Calcutta medical institutions reports 1892-1900
Year: 1892
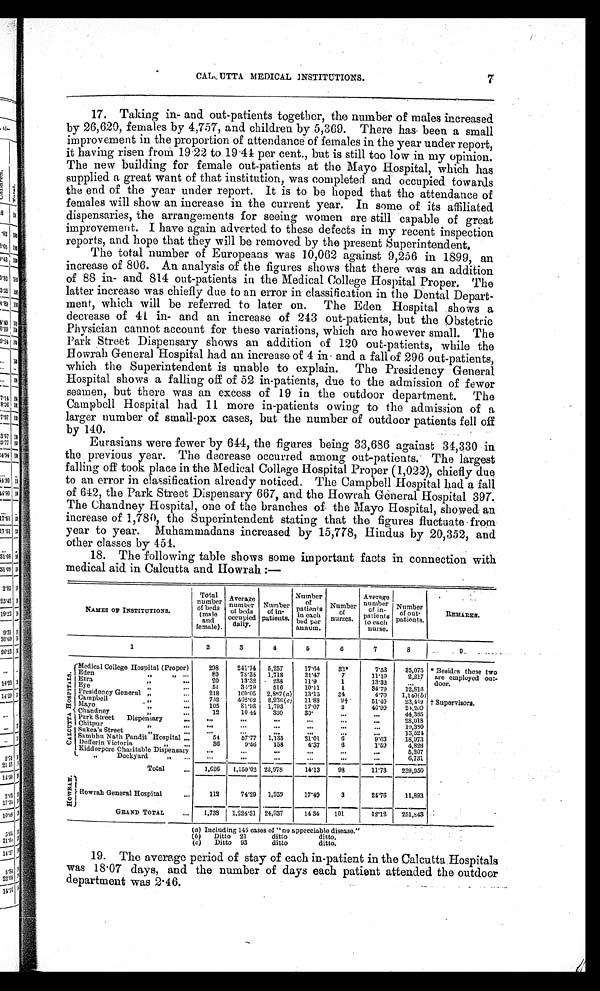
7
CALCUTTA MEDICAL INSTITUTIONS.
17. Taking in- and out-patients together, the number of males increased
by 26,620, females by 4,757, and children by 5,369. There has been a small
improvement in the proportion of attendance of females in the year under report,
it having risen from 19.22 to 19.44 per cent., but is still too low in my opinion.
The new building for female out-patients at the Mayo Hospital, which has
supplied a great want of that institution, was completed and occupied towards
the end of the year under report. It is to be hoped that the attendance of
females will show an increase in the current year. In some of its affiliated
dispensaries, the arrangements for seeing women are still capable of great
improvement. I have again adverted to these defects in my recent inspection
reports, and hope that they will be removed by the present Superintendent.
The total number of Europeans was 10,062 against 9,256 in 1899, an
increase of 806. An. analysis of the figures shows that there was an addition
of 88 in- and 814 out-patients in the Medical College Hospital Proper. The
latter increase was chiefly due to an error in classification in the Dental Depart--
ment, which will be referred to later on. The Eden Hospital shows a
decrease of 41 in- and an increase of 243 out-patients, but the Obstetric
Physician cannot account for these variations, which are however small. The
Park Street Dispensary shows an addition of 120 out-patients, while the
Howrah General Hospital had an increase of 4 in and a fall of 296 out-patients,
which the Superintendent is unable to explain. The Presidency General
Hospital shows a falling off of 52 in-patients, due to the admission of fewer
seamen, but there was an excess of 19 in the outdoor department. The
Campbell Hospital had 11 more in-patients owing to the admission of a
larger number of small-pox cases, but the number of outdoor patients fell off
by 140.
Eurasians were fewer by 644, the figures being 33,686 against 34,330 in
the previous year. The decrease occurred among out-patients. The largest
falling off took place in the Medical College Hospital Proper (1,022), chiefly due
to an error in classification already noticed. The Campbell Hospital had a fall
of 642, the Park Street Dispensary 667, and the Howrah General Hospital 397.
The Chandney Hospital, one of the branches of the Mayo Hospital, showed an
increase of 1,780, the Superintendent stating that the figures fluctuate from
year to year. Muhammadans increased by 15,778, Hindus by 20,352, and
other classes by 454.
18. The following table shows some important facts in connection with
medical aid in Calcutta and Howrah :—
NAMES OF INSTITUTIONS.
Total
number
of beds
(ma
le and
female).
Average
number of beds
occupied daily.
Number of in-
patients.
Number of
patients in
e a c h b e d p e r a n n u m. Number of
nurses.
Average
number of in-
p a t i e n t s t o e a c h
nurse.
Number of out-
patients.
REMARKS.
1
2
3
4
5
6
7
8
9
C A L C U T T A H O S P I T A L S .
Medical College Hospital (Proper)
298 241.14 5,257
17.64 32*
7.53 35,075 * Besides these two
are employed out-
door.
Eden
" "
80
78.35 1,718
21.47 7
11.19
2,217
Ezra
"
20
13.32 238
11.9
1
13.32
. . .
Eye
"
51
34.79 516 10.11
1
34.79 12,816
Presidency General "
218 160.05 2,867(a) 13.15 34
4.70 1,140(b)
Campbell "
752 462.62 8,936(c) 11.88 9† 51.40 23,449 † Supervisors.
Mayo
" 105
81.98 1,793 17.07 2
40.99 24,209
Chandney
"
12
10.44 360 30.
...
...
44,385
P a r k S t r e e t D i s p e n s a r y ...
...
...
...
...
...
28,018
Chitpur " ...
...
...
...
...
...
10.380
Sukea' s Street "
...
...
...
... ...
...
13,524
Sambhu Nath Pandit Hospital
54
57.77 1,135 21.01 6
9.63 18,973
Duf f e r i n Vi c t or i a "
36
9.56 158
4.37 6
1.59 4,826
Kidderpore Charitable Dispensary ...
...
...
...
...
...
5,207
" Dockyard "
...
...
...
...
...
...
6,731
Total
1,626 1,150.02 22,978
14.13 98
11.73 239,950
HOWR AH. Howrah General Hospital
112
74.29 1,959 17.49 3
24.76 11,893
GRAND TOTAL
1,738 1,224.31 24,937
14.34 101
12.12 251,843
(a) Including 145 cases of "no appreciable disease."
(b) Ditto 21
ditto
ditto.
(c) Ditto 93
ditto
ditto.
19. The average period of stay of each in-patient in the Calcutta Hospitals
was 18.07 days, and the number of days each patient attended the outdoor
department was 2.46.